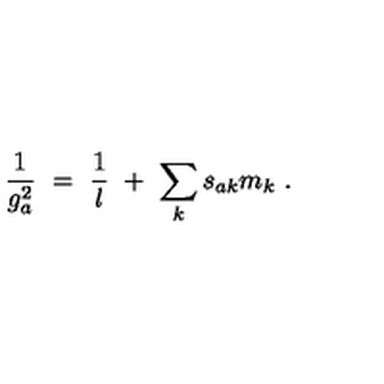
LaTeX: \frac { 1 } { g _ { a } ^ { 2 } } \ = \ \frac { 1 } { l } \ + \ \sum _ { k } s _ { a k } m _ { k } \ .